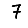
Digit: 7